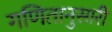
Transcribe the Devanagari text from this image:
गणितानुसारी